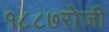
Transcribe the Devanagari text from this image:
१८८७रोजी